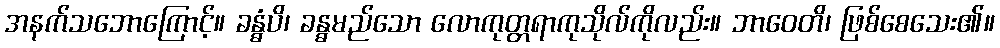
အနက်သဘောကြောင့်။ ခန္ဓံပိ၊ ခန္ဓမည်သော လောကုတ္တရာကုသိုလ်ကိုလည်း။ ဘာဝေတိ၊ ဖြစ်စေသေး၏။